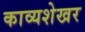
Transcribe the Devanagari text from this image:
काव्यशेखर